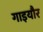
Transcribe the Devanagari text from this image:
गाइयौर